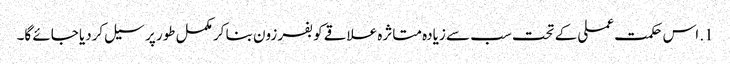
1. اس حکمت عملی کے تحت سب سے زیادہ متاثرہ علاقے کو بفر زون بنا کر مکمل طور پر سیل کردیا جائے گا۔